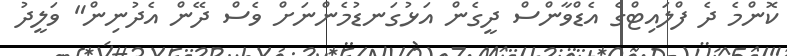
ކޮންމެ ދެ ފްލައިޓްގެ އެޑްވާންސް ދީގެން އަޅުގަނޑުމެންނަށް ވެސް ދޭން އެދުނިން" ވަލީދު